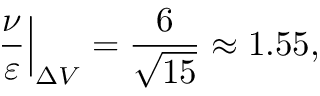
\left. \frac \nu \varepsilon \right\vert _ { \Delta V } = \frac { 6 } { \sqrt { 1 5 } } \approx 1 . 5 5 ,